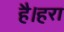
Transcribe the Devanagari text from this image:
है।हरा